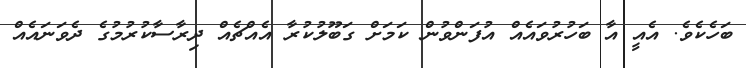
ބަހެކެވެ. އެއީ އާ ބަހުރުވައެއް އުފަންވުން ކަމަށް ގަބޫލުކުރާ އެއްޗެއް ދިރާސާކުރުމުގެ ދެވަނައެއް